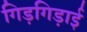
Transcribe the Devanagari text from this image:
गिड़गिड़ाई